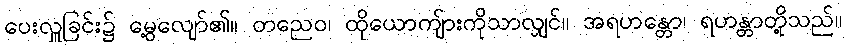
ပေးလှူခြင်း၌ မွေ့လျော်၏။ တညေဝ၊ ထိုယောကျ်ားကိုသာလျှင်။ အရဟန္တော၊ ရဟန္တာတို့သည်။